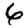
Digit: 6